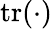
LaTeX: \operatorname{tr}(\cdot)